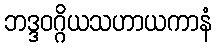
ဘဒ္ဒဝဂ္ဂိယသဟာယကာနံ